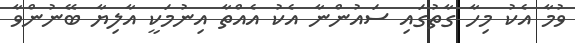
ވުމާ އެކު މިހާ ގާތުގައި ސައުންނާ އެކު އެއްތާ އިނުމަކީ އާލިޔާ ބޭނުންވާ